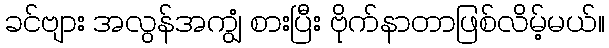
ခင်ဗျား အလွန်အကျွံ စားပြီး ဗိုက်နာတာဖြစ်လိမ့်မယ်။